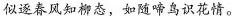
似逐春风知柳态，如随啼鸟识花情。